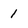
Character: 1